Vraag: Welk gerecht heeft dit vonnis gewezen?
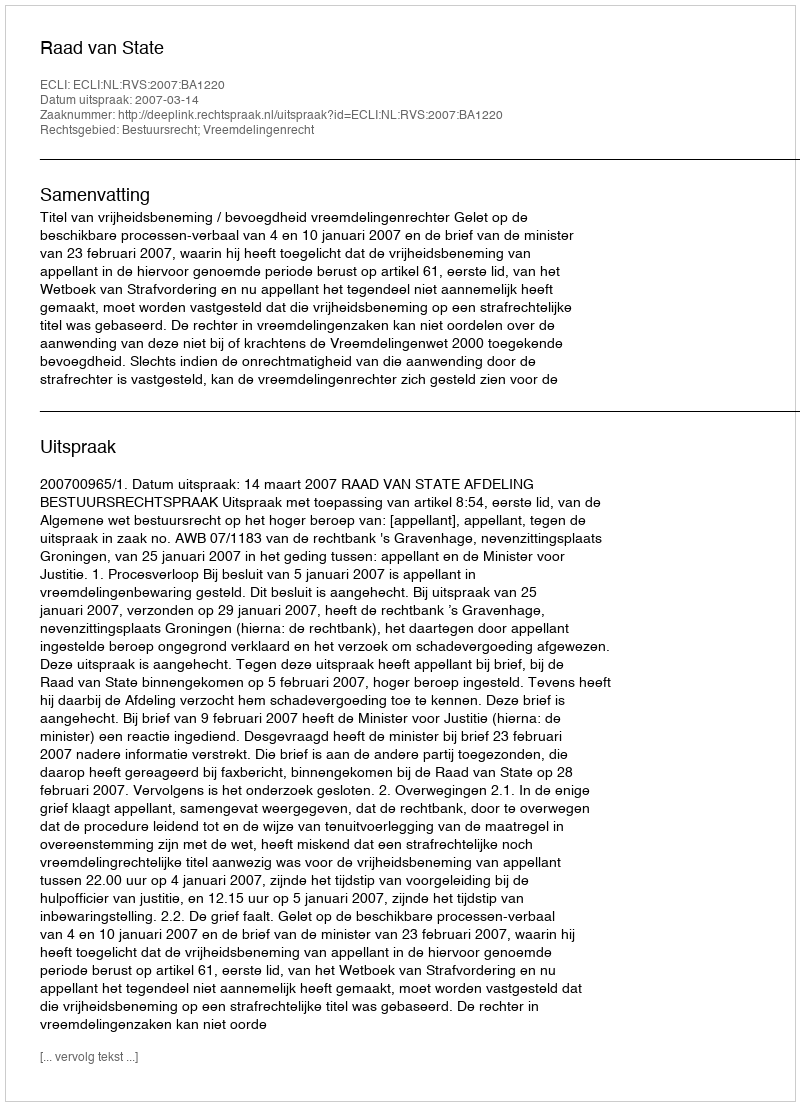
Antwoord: Raad van State